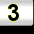
Digit: 3